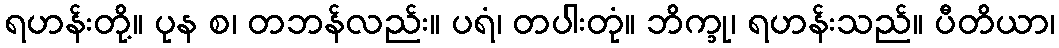
ရဟန်းတို့။ ပုန စ၊ တဘန်လည်း။ ပရံ၊ တပါးတုံ။ ဘိက္ခု၊ ရဟန်းသည်။ ပီတိယာ၊